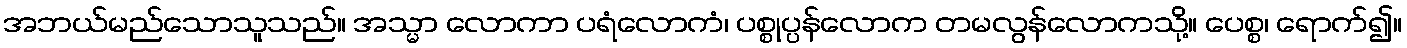
အဘယ်မည်သောသူသည်။ အသ္မာ လောကာ ပရံလောကံ၊ ပစ္စုပ္ပန်လောက တမလွန်လောကသို့။ ပေစ္စ၊ ရောက်၍။